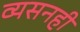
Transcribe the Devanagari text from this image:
व्यसनही